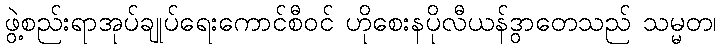
ဖွဲ့စည်းရာအုပ်ချုပ်ရေးကောင်စီဝင် ဟိုစေးနပိုလီယန်ဒွာတေသည် သမ္မတ၊